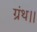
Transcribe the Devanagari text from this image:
ग्रंथ।।